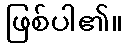
ဖြစ်ပါ၏။